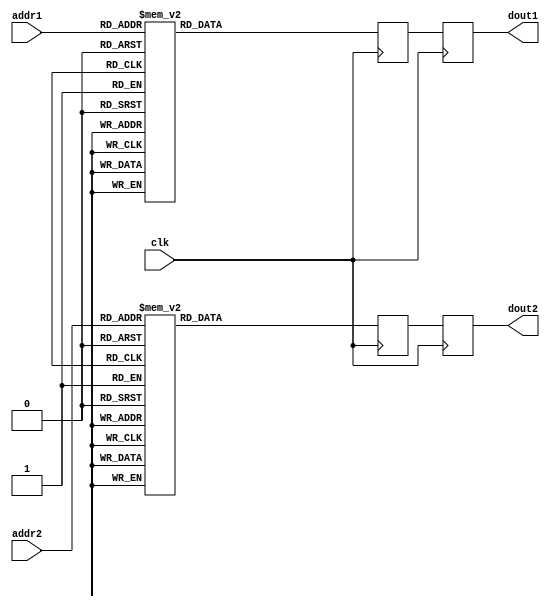
`timescale 1ns / 1ps
module ROM_DualAddress(clk,addr1,addr2,dout1,dout2);
 input clk ; 
 input [2:0] addr1 ;
 input [2:0] addr2 ;
 output [63:0] dout1;
 output [63:0] dout2;
 reg [63:0] dout1_next ;// First pipeline registers.
 reg [63:0] dout2_next ;
 reg [63:0] dout1_reg1 ; // Second pipeline registers,
 reg [63:0] dout2_reg1 ;
 reg [63:0] dout1; // i.e., final outputs.
 reg [63:0] dout2; 
 
 wire [63:0] loc0 ; // ROM data declared as nets.
 wire [63:0] loc1 ;
 wire [63:0] loc2 ;
 wire [63:0] loc3 ;
 wire [63:0] loc4 ;
 wire [63:0] loc5 ;
 wire [63:0] loc6 ;
 wire [63:0] loc7 ;
 
 assign loc0 = 64'h5B5B5B5B5B5B5B5B ; // ROM data -
 assign loc1 = 64'h7E6A4719E7B99682 ; // eight numbers
 assign loc2 = 64'h7631CF8A8ACF3176 ; // of 8 bits data
 assign loc3 = 64'h6AE782B9477E1996 ; // per location.
 assign loc4 = 64'h5BA5A55B5BA5A55B ;
 assign loc5 = 64'h4782196A96E77EB9 ;
 assign loc6 = 64'h318A76CFCF768A31 ;
 assign loc7 = 64'h19B96A827E9647E7 ; 
 
 always @ (loc0 or loc1 or loc2 or loc3 or loc4 or loc5 or loc6 or loc7 or
 addr1 or addr2)
 begin
  case (addr1) 
  3'b000 : dout1_next = loc0 ;
  3'b001 : dout1_next = loc1 ;
  3'b010 : dout1_next = loc2 ;
  3'b011 : dout1_next = loc3 ;
  3'b100 : dout1_next = loc4 ;
  3'b101 : dout1_next = loc5 ;
  3'b110 : dout1_next = loc6 ;
  3'b111 : dout1_next = loc7 ;
  default : dout1_next = loc0 ;
  endcase
  case(addr2)
  3'b000 : dout2_next = loc0 ;
  3'b001 : dout2_next = loc1 ;
  3'b010 : dout2_next = loc2 ;
  3'b011 : dout2_next = loc3 ; 
  3'b100 : dout2_next = loc4 ;
   3'b101 : dout2_next = loc5 ;
   3'b110 : dout2_next = loc6 ;
   3'b111 : dout2_next = loc7 ;
   default : dout2_next = loc0 ;
  endcase
  end
  
  always @ (posedge clk) // First pipeline stage
  begin
   dout1_reg1 <= dout1_next ; // Pipeline registers.
   dout2_reg1 <= dout2_next ;
  end
  always @ (posedge clk) // Second pipeline
  begin
   dout1 <= dout1_reg1 ; // Data outputs read using addr1
   dout2 <= dout2_reg1 ; // and addr2 respectively.
  end
endmodule